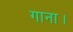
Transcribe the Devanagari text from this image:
गाना।